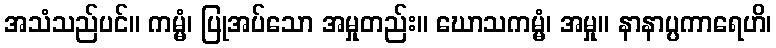
အသံသည်ပင်။ ကမ္မံ၊ ပြုအပ်သော အမှုတည်း။ ဃောသကမ္မံ၊ အမှု။ နာနာပ္ပကာရေဟိ၊